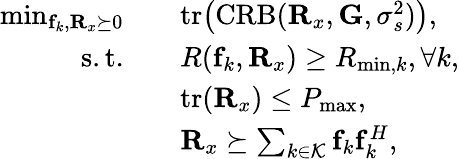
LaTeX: \begin{array}{rl}{\operatorname*{min}_{\mathbf{f}_{k},\mathbf{R}_{x}\succeq 0}\quad}&{\mathrm{tr}\big(\mathrm{CRB}(\mathbf{R}_{x},\mathbf{G},\sigma_{s}^{2})\big),}\\ {\mathrm{s.t.}\quad}&{R(\mathbf{f}_{k},\mathbf{R}_{x})\ge R_{\operatorname*{min},k},\forall k,}\\ &{\mathrm{tr}(\mathbf{R}_{x})\le P_{\operatorname*{max}},}\\ &{\mathbf{R}_{x}\succeq\sum_{k\in\mathcal{K}}\mathbf{f}_{k}\mathbf{f}_{k}^{H},}\end{array}